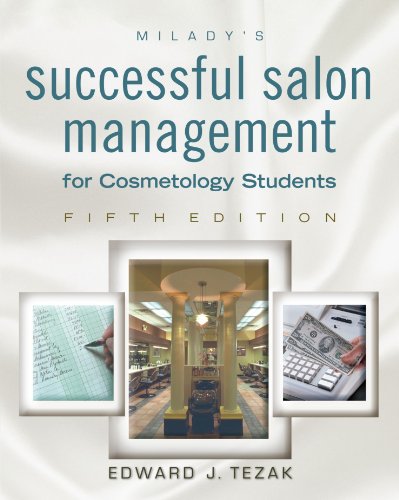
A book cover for Successful Salon Management, 5E; Edward Tezak; Health, Fitness & Dieting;